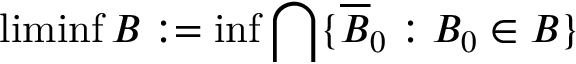
\operatorname* { l i m i n f } B : = \operatorname* { i n f } \bigcap \{ { \overline { { B } } } _ { 0 } : B _ { 0 } \in B \}